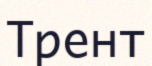
Трент